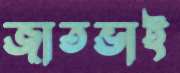
জাতভাই